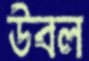
উবল